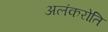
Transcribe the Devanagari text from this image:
अलंकरोति